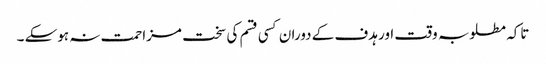
تاکہ مطلوبہ وقت اور ہدف کے دوران کسی قسم کی سخت مزاحمت نہ ہوسکے ۔